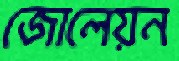
জোলেয়ন